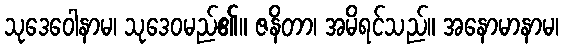
သုဒေဝေါနာမ၊ သုဒေဝမည်၏။ ဇနိတာ၊ အမိရင်သည်။ အနောမာနာမ၊